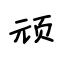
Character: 顽